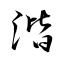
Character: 湝